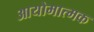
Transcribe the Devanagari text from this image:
आयोमात्मक